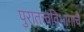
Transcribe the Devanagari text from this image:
पुरातत्त्वविभागाचे